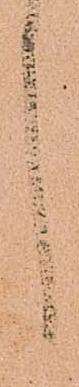
言